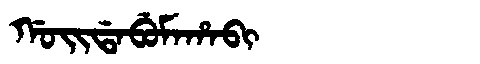
Manchu: ᡤᠣᡳᡩᠠᠪᡠᠮᠠᡥᠠᠪᡳ
Romanization: GOIDABUMAHABI